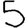
Digit: 5